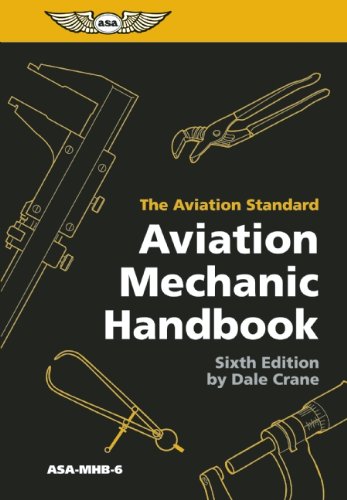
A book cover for Aviation Mechanic Handbook: The Aviation Standard; Dale Crane; Engineering & Transportation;